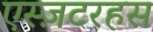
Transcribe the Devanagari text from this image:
एस्ज़टरहस